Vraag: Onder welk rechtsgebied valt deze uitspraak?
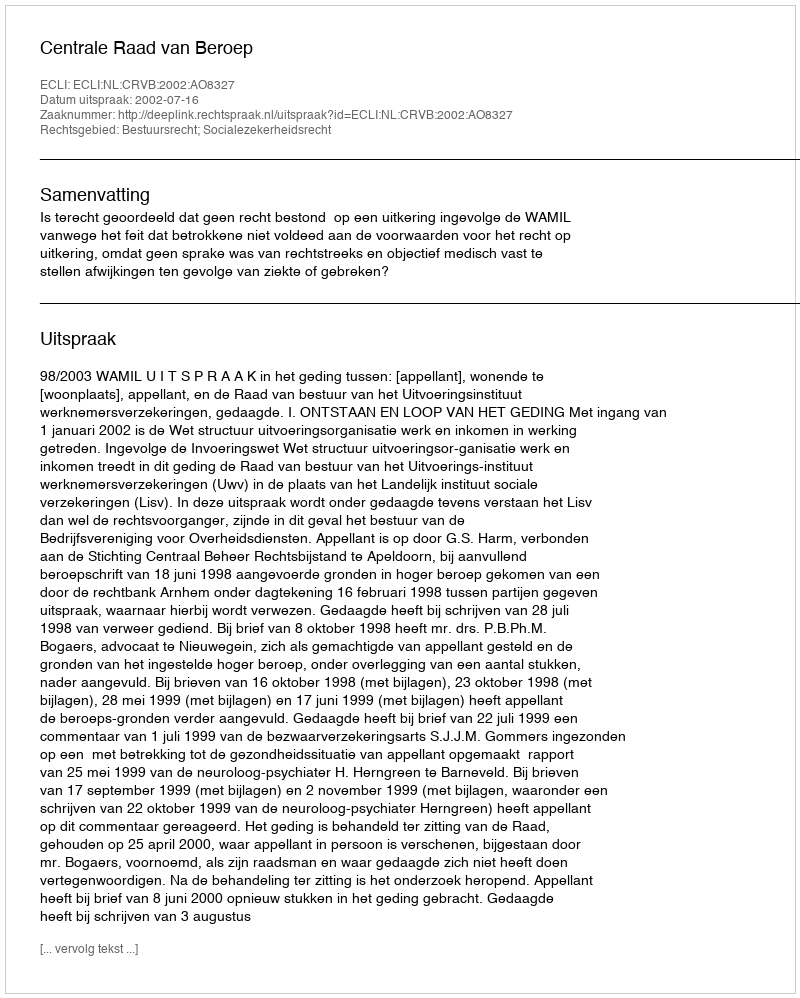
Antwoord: Bestuursrecht; Socialezekerheidsrecht